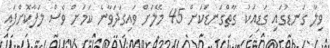
ވިލާ ގަނޑުގައި ގަޑިއަކު ގާތްގަނޑަކަށް 45 މޭލަށް ވައިގަދަވާނެ ކަމަށް ވެސް ލަފާކޮށްފައި